Epidemic dropsy in Calcutta - Number 49
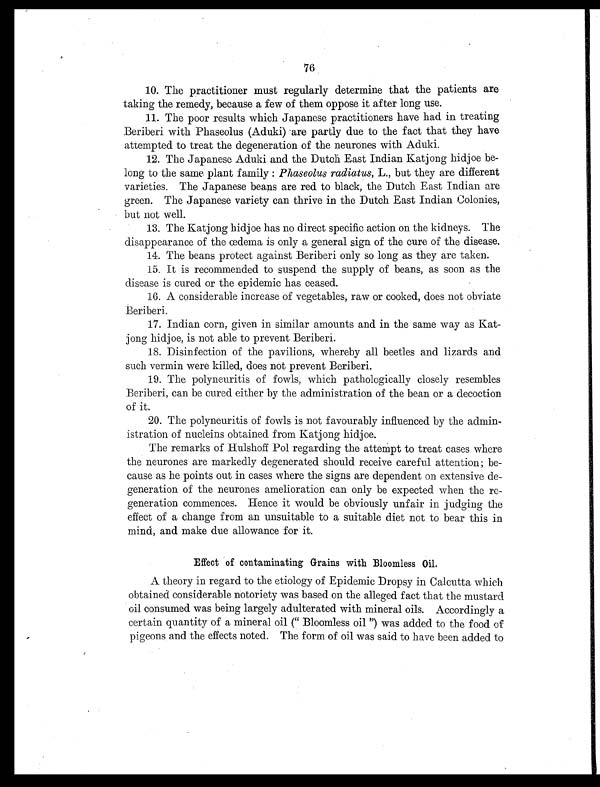
76
10. The practitioner must regularly determine that the patients are
taking the remedy, because a few of them oppose it after long use.
11. The poor results which Japanese practitioners have had in treating
Beriberi with Phaseolus (Aduki) are partly due to the fact that they have
attempted to treat the degeneration of the neurones with Aduki.
12. The Japanese Aduki and the Dutch East Indian Katjong hidjoe be-
long to the same plant family : Phaseolus radiates , L., but they are different
varieties. The Japanese beans are red to black, the Dutch East Indian are
green. The Japanese variety can thrive in the Dutch East Indian Colonies,
but not well.
13. The Katjong hidjoe has no direct specific action on the kidneys. The
disappearance of the œdema is only a general sign of the cure of the disease.
14. The beans protect against Beriberi only so long as they are taken.
15. It is recommended to suspend the supply of beans, as soon as the
disease is cured or the epidemic has ceased.
16. A considerable increase of vegetables, raw or cooked, does not obviate
Beriberi.
17. Indian corn, given in similar amounts and in the same way as Kat-
jong hidjoe, is not able to prevent Beriberi.
18. Disinfection of the pavilions, whereby all beetles and lizards and
such vermin were killed, does not prevent Beriberi.
19. The polyneuritis of fowls, which pathologically closely resembles
Beriberi, can be cured either by the administration of the bean or a decoction
of it.
20. The polyneuritis of fowls is not favourably influenced by the admin-
istration of nucleins obtained from Katjong hidjoe.
The remarks of Hulshoff Pol regarding the attempt to treat cases where
the neurones are markedly degenerated should receive careful attention; be-
cause as he points out in cases where the signs are dependent on extensive de-
generation of the neurones amelioration can only be expected when the re-
generation commences. Hence it would be obviously unfair in judging the
effect of a change from an unsuitable to a suitable diet not to bear this in
mind, and make due allowance for it.
Effect of contaminating Grains with Bloomless Oil .
A theory in regard to the etiology of Epidemic Dropsy in Calcutta which
obtained considerable notoriety was based on the alleged fact that the mustard
oil consumed was being largely adulterated with mineral oils. Accordingly a
certain quantity of a mineral oil (" Bloomless oil ") was added to the food of
pigeons and the effects noted. The form of oil was said to have been added to